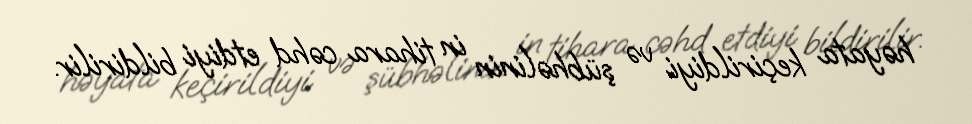
həyata keçirildiyi və şübhəlinin in tihara cəhd etdiyi bildirilir.